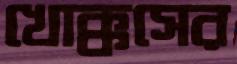
খোক্কসের